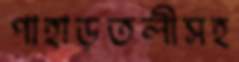
পাহাড়তলীসহ